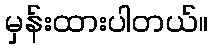
မှန်းထားပါတယ်။